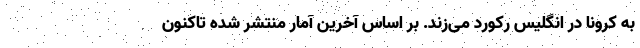
به کرونا در انگلیس رکورد می‌زند. بر اساس آخرین آمار منتشر شده تاکنون